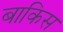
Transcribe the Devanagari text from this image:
बाकिस